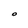
Character: O